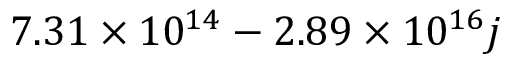
\phantom { - } 7 . 3 1 \times 1 0 ^ { 1 4 } - 2 . 8 9 \times 1 0 ^ { 1 6 } j